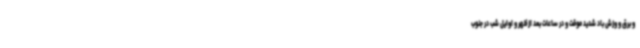
و برق و وزش باد شدید موقت و در ساعات بعد ازظهر و اوایل شب در جنوب